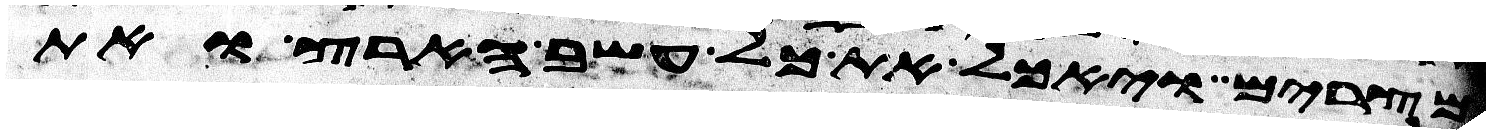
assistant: מצרים ויאכל את כל עשב הארץ ואת